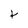
Character: t